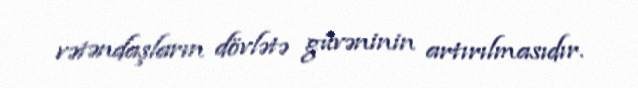
vətəndaşların dövlətə güvəninin artırılmasıdır.